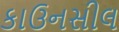
કાઉનસીલ